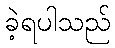
ခဲ့ရပါသည်